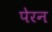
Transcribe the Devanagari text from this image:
पेरन